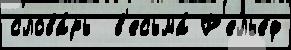
слова́рь  в'есьма́ Р'елье́ф